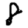
Digit: 8